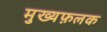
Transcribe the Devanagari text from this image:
मुख्यफ़लक